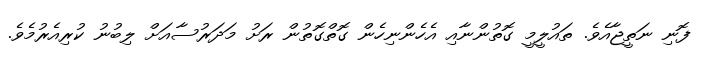
ފޮނި ނަތީޖާއެވެ. ތައުލީމީ ގޮތުންނާއި އެހެންނިހެން ގޮތްގޮތުން ރަށު މަދަރުސާއަށް ލިބުނު ކުރިއެރުމެވެ.